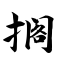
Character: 搁